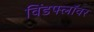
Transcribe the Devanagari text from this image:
विंडफ्लॉवर